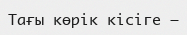
Тағы көрік кісіге –